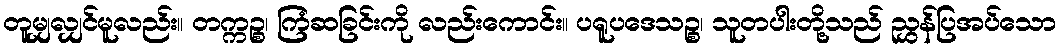
တူမျှလျှင်မူလည်း။ တက္ကဉ္စ၊ ကြံဆခြင်းကို လည်းကောင်း။ ပရူပဒေသဉ္စ၊ သူတပါးတို့သည် ညွှန်ပြအပ်သော